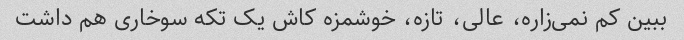
ببین کم نمی‌زاره، عالی، تازه، خوشمزه کاش یک تکه سوخاری هم داشت